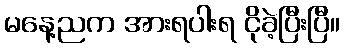
မနေ့ညက အားရပါးရ ငိုခဲ့ပြီးပြီ။